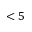
< 5